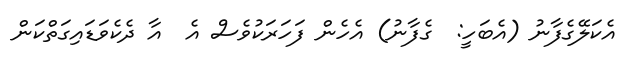
އެކަލޭގެފާނު (އެބަހީ:  ގެފާނު) އެހެން ފަހަރަކުވެސް އެ  އާ ދެކެވަޑައިގަތްކަން